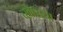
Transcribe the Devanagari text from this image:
व्खाख्या